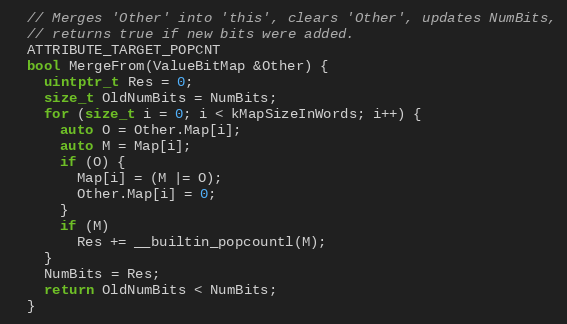
Language: C
  // Merges 'Other' into 'this', clears 'Other', updates NumBits,
  // returns true if new bits were added.
  ATTRIBUTE_TARGET_POPCNT
  bool MergeFrom(ValueBitMap &Other) {
    uintptr_t Res = 0;
    size_t OldNumBits = NumBits;
    for (size_t i = 0; i < kMapSizeInWords; i++) {
      auto O = Other.Map[i];
      auto M = Map[i];
      if (O) {
        Map[i] = (M |= O);
        Other.Map[i] = 0;
      }
      if (M)
        Res += __builtin_popcountl(M);
    }
    NumBits = Res;
    return OldNumBits < NumBits;
  }